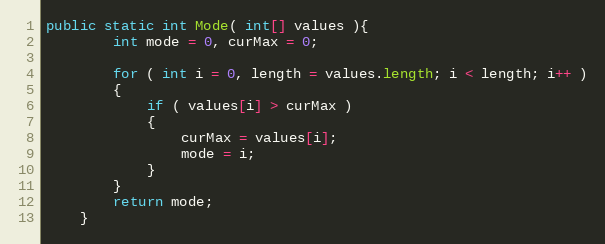
Language: Java
public static int Mode( int[] values ){
        int mode = 0, curMax = 0;

        for ( int i = 0, length = values.length; i < length; i++ )
        {
            if ( values[i] > curMax )
            {
                curMax = values[i];
                mode = i;
            }
        }
        return mode;
    }